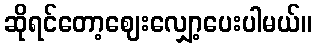
ဆိုရင်တော့ဈေးလျှော့ပေးပါမယ်။